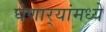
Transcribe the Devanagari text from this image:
घेणार्‍यांमध्ये